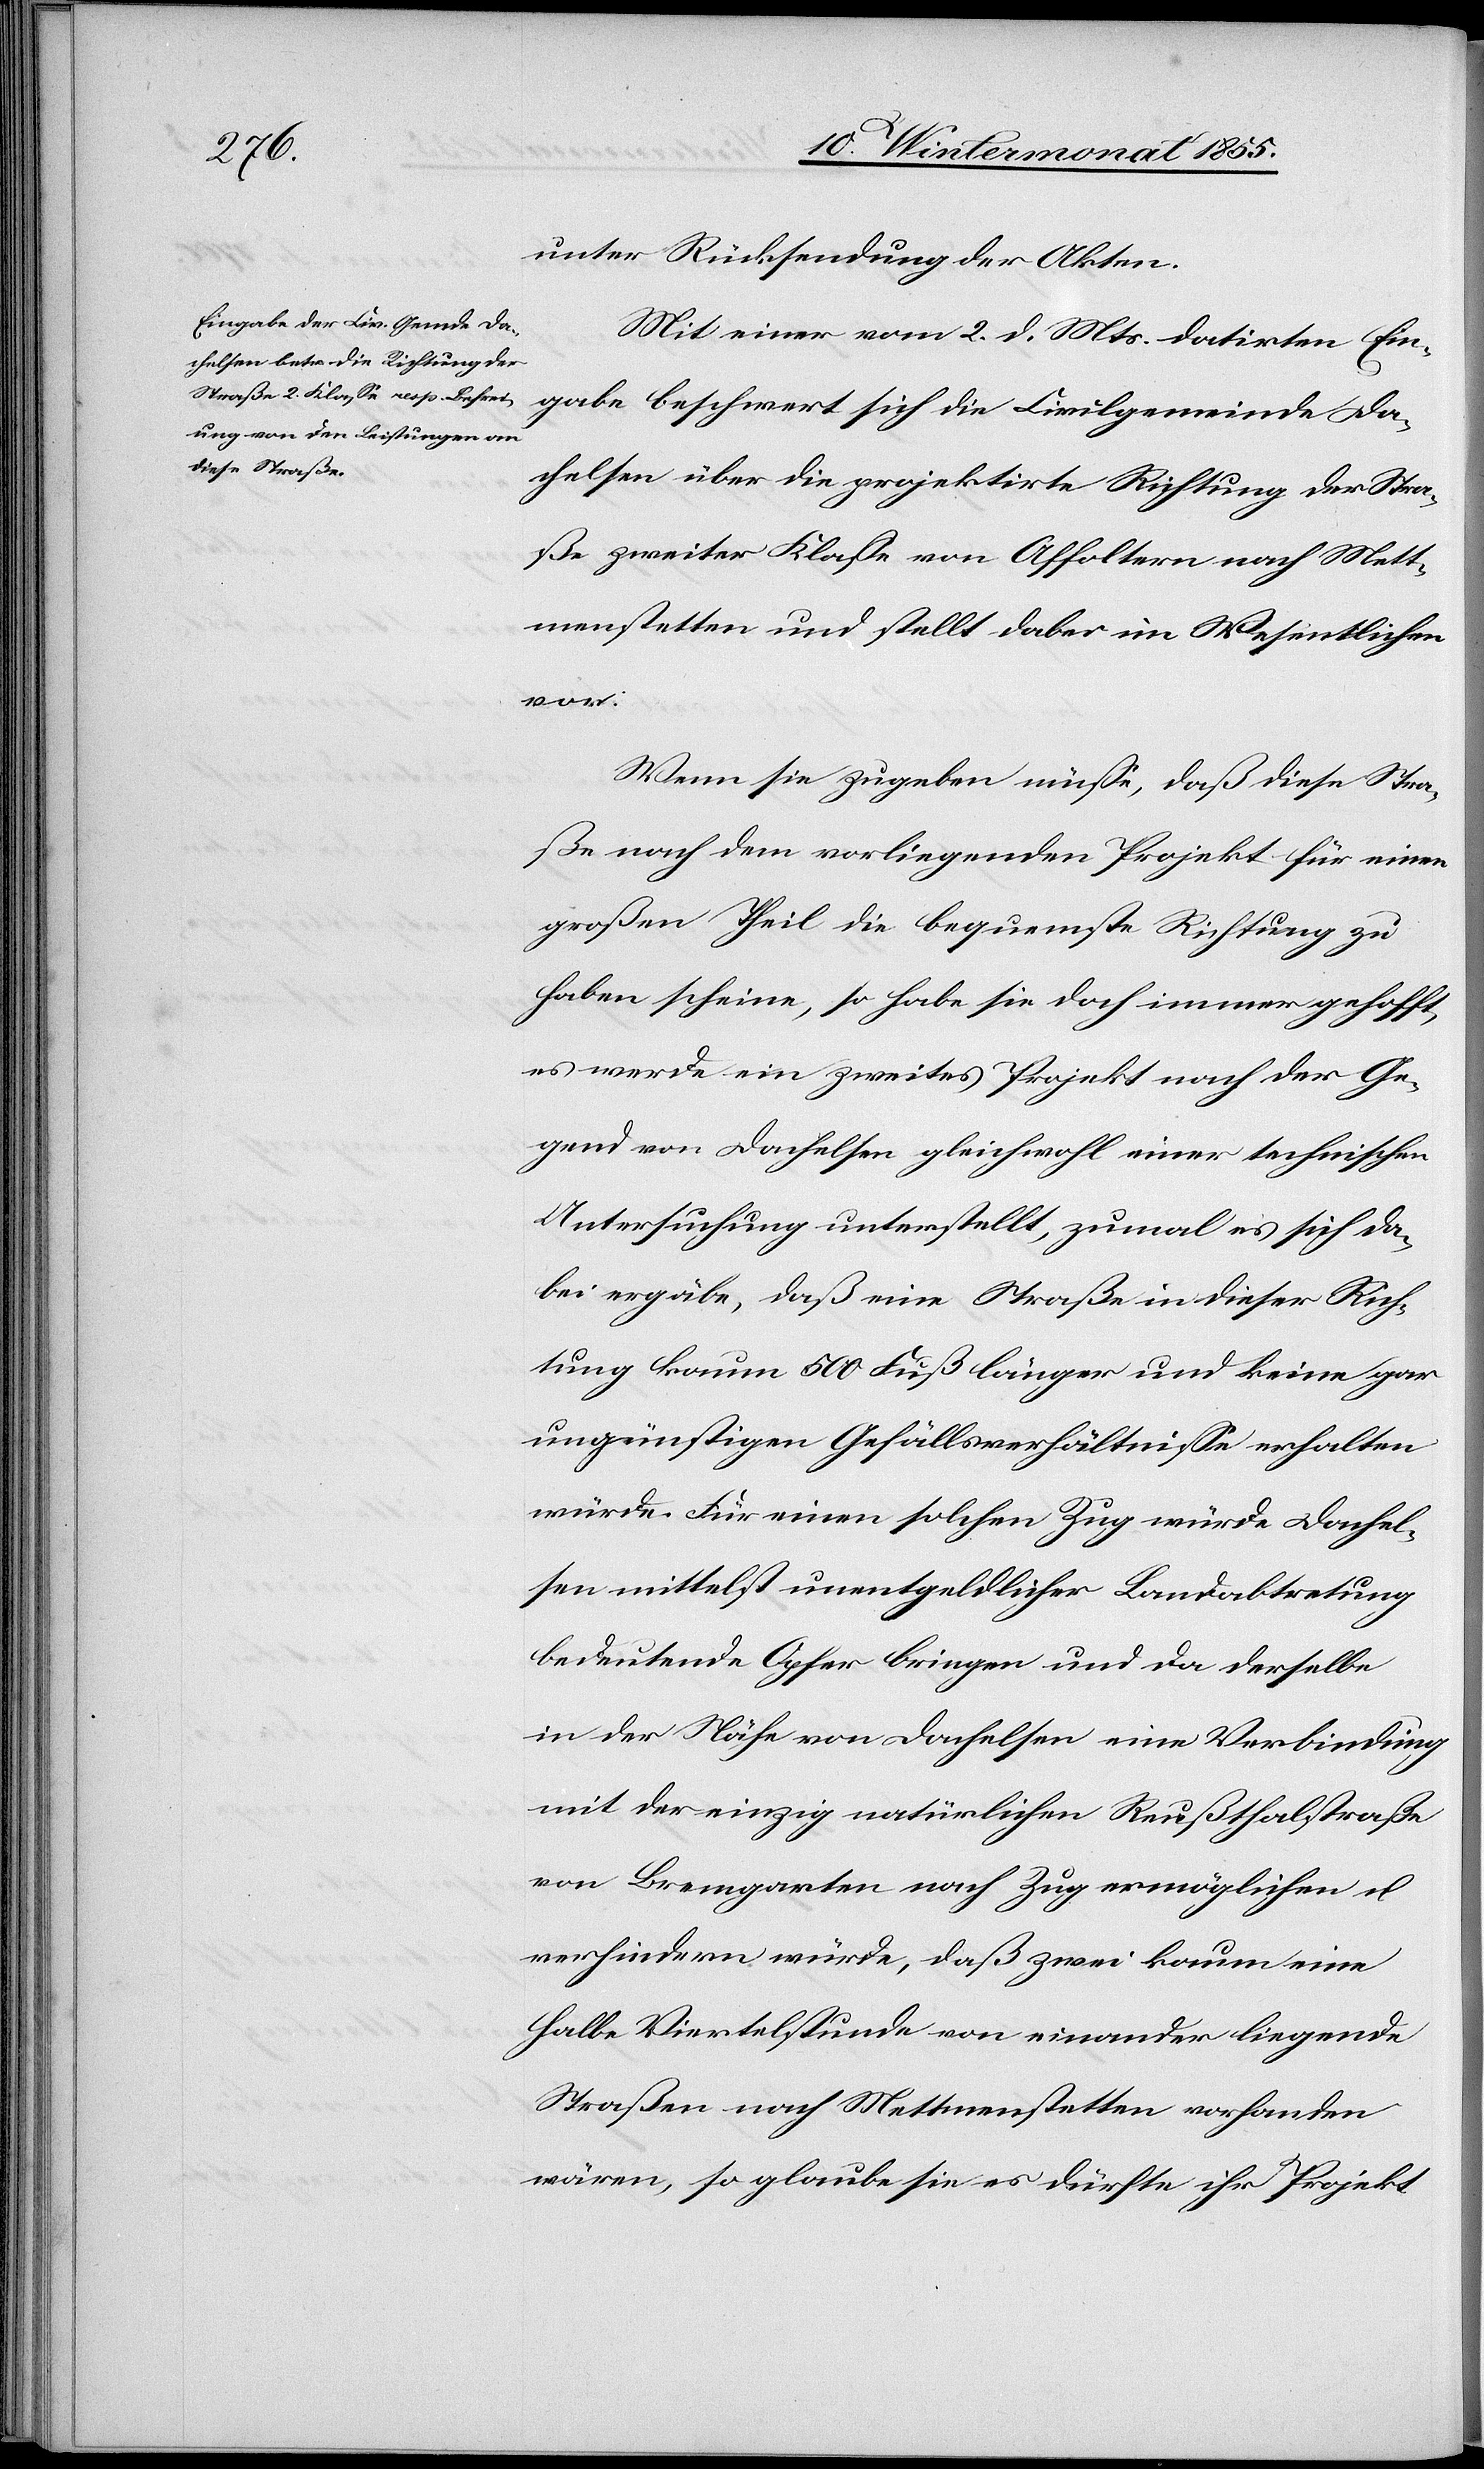
unter Rücksendung der Akten.
Mit einer vom 2. d. Mts. datirten Ein¬
gabe beschwert sich die Civilgemeinde Da¬
chelsen über die projektirte Richtung der Stra¬
ße zweiter Klasse von Affoltern nach Mett¬
menstetten und stellt dabei im Wesentlichen
vor:
Wenn sie zugeben müsse, daß diese Stra¬
ße nach dem vorliegenden Projekt für einen
großen Theil die bequemste Richtung zu
haben scheine, so habe sie doch immer gehofft,
es werde ein zweites Projekt nach der Ge¬
gend von Dachelsen gleichwohl einer technischen
Untersuchung unterstellt, zumal es sich da¬
bei ergäbe, daß eine Straße in dieser Rich¬
tung kaum 500 Fuß länger und keine gar
ungünstigen Gefällsverhältnisse erhalten
würde. Für einen solchen Zug würde Dachel¬
sen mittelst unentgeldlicher Landabtretung
bedeutende Opfer bringen und da derselbe
in der Nähe von Dachelsen eine Verbindung
mit der einzig natürlichen Reußthalstraße
von Bremgarten nach Zug ermöglichen u.
verhindern würde, daß zwei kaum eine
halbe Viertelstunde von einander liegende
Straßen nach Mettmenstetten vorhanden
wären, so glaube sie es dürfte ihr Projekt